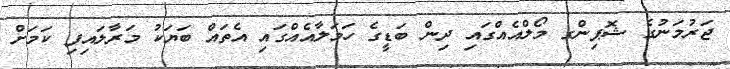
ޖަރުމަނުގެ ޝޮޕިންގ މޯލްއެއްގައި ދިން ބަޑީގެ ހަމަލާއެއްގައި އެތައް ބަޔަކު މަރާލައިފި ކަމަށް